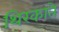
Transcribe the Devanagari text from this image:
थिरकाते